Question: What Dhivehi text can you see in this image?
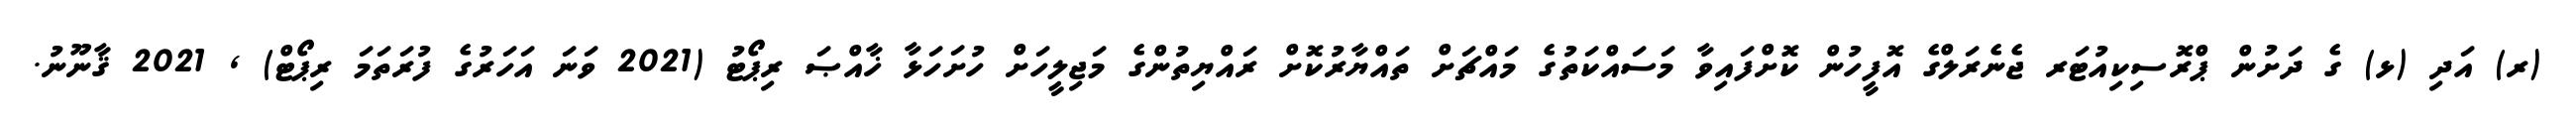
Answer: (ރ) އަދި (ޅ) ގެ ދަށުން ޕްރޮސިކިއުޓަރ ޖެނެރަލްގެ އޮފީހުން ކޮށްފައިވާ މަސައްކަތުގެ މައްޗަށް ތައްޔާރުކޮށް ރައްޔިތުންގެ މަޖިލީހަށް ހުށަހަޅާ ޚާއްޞަ ރިޕޯޓު (2021 ވަނަ އަހަރުގެ ފުރަތަމަ ރިޕޯޓް) , 2021 ޤާނޫނު.